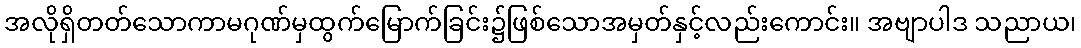
အလိုရှိတတ်သောကာမဂုဏ်မှထွက်မြောက်ခြင်း၌ဖြစ်သောအမှတ်နှင့်လည်းကောင်း။ အဗျာပါဒ သညာယ၊